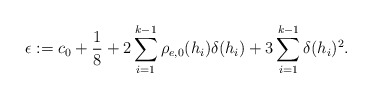
\begin{align*}\epsilon:=c_0+\frac{1}{8}+2\sum_{i=1}^{k-1}\rho_{e,0}(h_i)\delta(h_i)+3\sum_{i=1}^{k-1}\delta(h_i)^2.\end{align*}